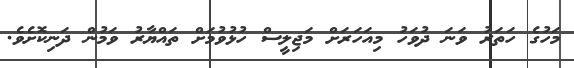
މަހުގެ ހަތަރު ވަނަ ދުވަހު މިއަހަރަށް މަޖިލީސް ހުޅުވުމަށް ތައްޔާރު ވަމުން ދަނިކޮށެވެ.